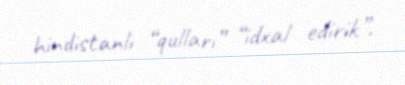
hindistanlı “qulları” “idxal edirik”.